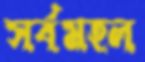
সর্বমহল